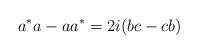
LaTeX: \begin{align*}a^*a-aa^*=2i(bc-cb)\end{align*}